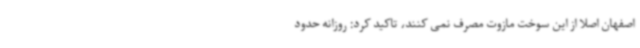
اصفهان اصلا از این سوخت مازوت مصرف نمی کنند، تاکید کرد: روزانه حدود